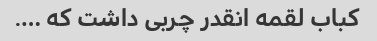
کباب لقمه انقدر چربی داشت که ….